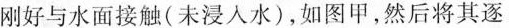
刚好与水面接触(未浸入水)，如图甲，然后将其逐